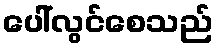
ပေါ်လွင်စေသည်